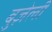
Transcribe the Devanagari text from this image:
बुज़ेली